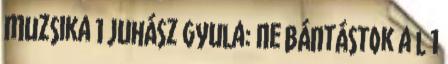
Muzsika 1 Juhász Gyula: Ne bántástok a l 1